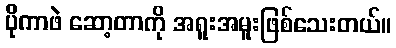
ပိုကာဖဲ ဆော့တာကို အရူးအမူးဖြစ်သေးတယ်။